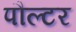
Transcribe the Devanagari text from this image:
पौल्टर